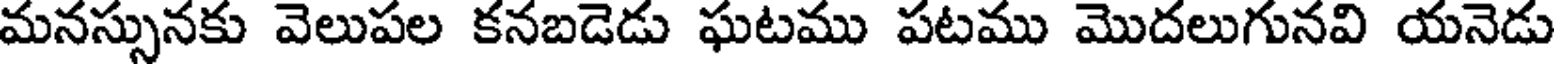
మనస్సునకు వెలుపల కనబడెడు ఘటము పటము మొదలుగునవి యనెడు